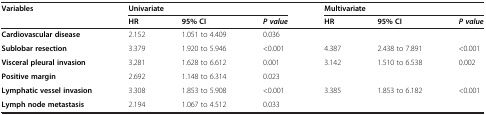
| <ROWSPAN=2> Variables | <COLSPAN=3> Univariate | <COLSPAN=3> Multivariate |
 | HR | 95% CI | P value | HR | 95% CI | P value |
 | --- | --- | --- | --- | --- | --- | --- |
 | Cardiovascular disease | 2.152 | 1.051 to 4.409 | 0.036 |  |  |  |
 | Sublobar resection | 3.379 | 1.920 to 5.946 | <0.001 | 4.387 | 2.438 to 7.891 | <0.001 |
 | Visceral pleural invasion | 3.281 | 1.628 to 6.612 | 0.001 | 3.142 | 1.510 to 6.538 | 0.002 |
 | Positive margin | 2.692 | 1.148 to 6.314 | 0.023 |  |  |  |
 | Lymphatic vessel invasion | 3.308 | 1.853 to 5.908 | <0.001 | 3.385 | 1.853 to 6.182 | <0.001 |
 | Lymph node metastasis | 2.194 | 1.067 to 4.512 | 0.033 |  |  |  |